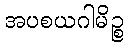
အပစယဂါမိဉ္စ